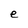
Character: e